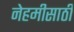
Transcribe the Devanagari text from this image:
नेहमीसाठी